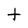
Character: t